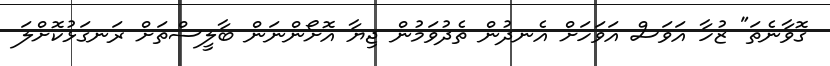
ގޮވާނެތަ" ޒުހާ އަވަސް އަވަހަށް އެނދުން ތެދުވަމުން ޖިޔާ އޮށޯންނަން ބާލީސްތަށް ރަނގަޅުކޮށްލަ